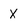
Character: X